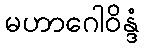
မဟာဂေါဝိန္ဒံ